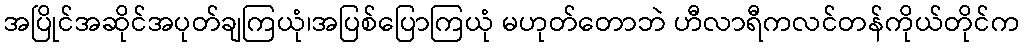
အပြိုင်အဆိုင်အပုတ်ချကြယုံ၊အပြစ်ပြောကြယုံ မဟုတ်တောဘဲ ဟီလာရီကလင်တန်ကိုယ်တိုင်က